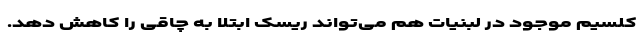
کلسیم موجود در لبنیات هم می‌تواند ریسک ابتلا به چاقی را کاهش دهد.